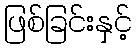
ဖြစ်ခြင်းနှင့်